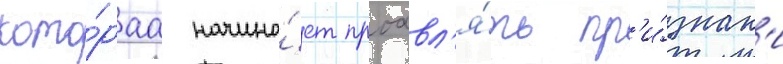
кото́раа начина́ет проавл'я́ть пр'и́знак'и